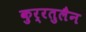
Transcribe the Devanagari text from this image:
कुर्रतुलैन